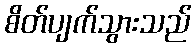
စိတ်ပျက်သွားသည်